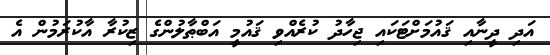
އަދި ދީނާއި ޤައުމަށްޓަކައި ޖިހާދު ކުރެއްވި ޤައުމީ އަބްޠާލުންގެ ޒިކުރާ އާކުރަމުން އެ